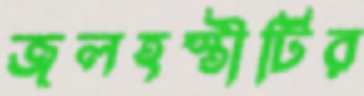
জলহস্তীটির